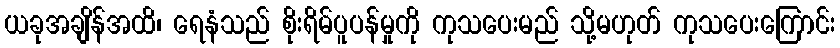
ယခုအချိန်အထိ၊ ရေနံသည် စိုးရိမ်ပူပန်မှုကို ကုသပေးမည် သို့မဟုတ် ကုသပေးကြောင်း